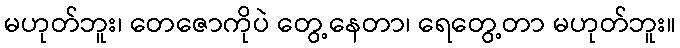
မဟုတ်ဘူး၊ တေဇောကိုပဲ တွေ့နေတာ၊ ရေတွေ့တာ မဟုတ်ဘူး။